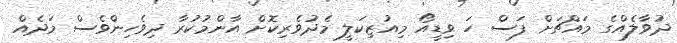
ދުވާލެއްގެ މައްޗަށް ފަސް ހަ ވިޑީއޯ މިއުޒިކަލީ މެދުވެރިކޮށް އާންމުކުރާ ދިވެހިންވެސް މަދެއް